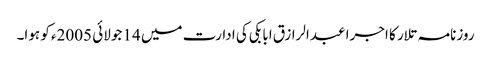
روزنامہ تلار کا اجرا عبدالرازق ابابکی کی ادارت میں 14 جولائی 2005ء کو ہوا۔